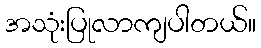
အသုံးပြုလာကျပါတယ်။